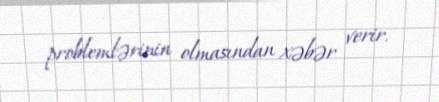
problemlərinin olmasından xəbər verir.